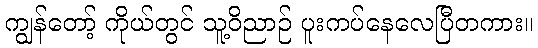
ကျွန်တော့် ကိုယ်တွင် သူ့ဝိညာဉ် ပူးကပ်နေလေပြီတကား။